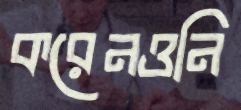
করেনওনি